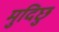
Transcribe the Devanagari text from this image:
मुदिछु